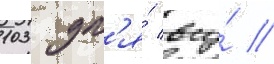
103 дл'я́ всу́ //